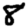
Digit: 8